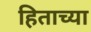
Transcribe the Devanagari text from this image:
हिताच्‍या